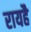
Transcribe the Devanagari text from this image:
रायहै